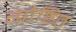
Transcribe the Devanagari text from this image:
गोष्टित